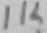
Text: 1K